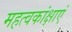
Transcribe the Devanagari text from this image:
महत्वकांक्षाएं